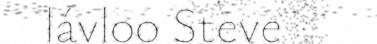
lávloo Steve